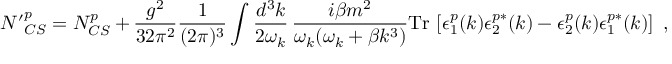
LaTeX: { N ^ { \prime } } _ { C S } ^ { p } = N _ { C S } ^ { p } + \frac { g ^ { 2 } } { 3 2 \pi ^ { 2 } } \frac { 1 } { ( 2 \pi ) ^ { 3 } } \int \frac { d ^ { 3 } k } { 2 \omega _ { k } } \, \frac { i \beta m ^ { 2 } } { \omega _ { k } ( \omega _ { k } + \beta k ^ { 3 } ) } \mathrm { T r } \, \left[ \epsilon _ { 1 } ^ { p } ( k ) \epsilon _ { 2 } ^ { p * } ( k ) - \epsilon _ { 2 } ^ { p } ( k ) \epsilon _ { 1 } ^ { p * } ( k ) \right] \ ,